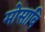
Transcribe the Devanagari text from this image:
मोसावि